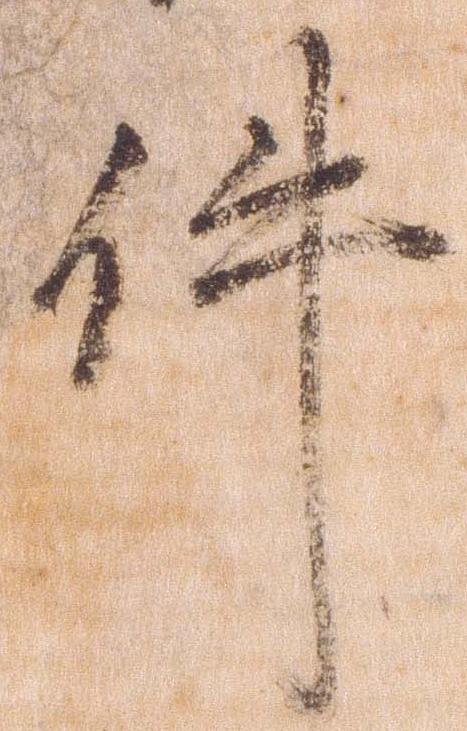
件